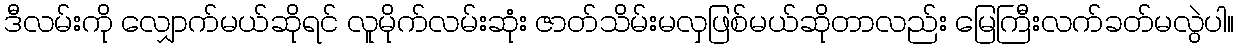
ဒီလမ်းကို လျှောက်မယ်ဆိုရင် လူမိုက်လမ်းဆုံး ဇာတ်သိမ်းမလှဖြစ်မယ်ဆိုတာလည်း မြေကြီးလက်ခတ်မလွဲပါ။